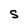
Character: S